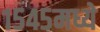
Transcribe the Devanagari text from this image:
१५४५मध्ये